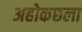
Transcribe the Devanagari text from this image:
अहोकछला